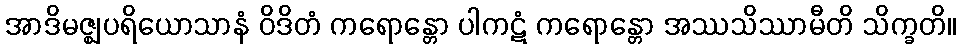
အာဒိမဇ္ဈပရိယောသာနံ ဝိဒိတံ ကရောန္တော ပါကဋံ ကရောန္တော အဿသိဿာမီတိ သိက္ခတိ။